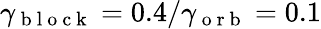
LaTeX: \gamma_{\mathrm{~b~l~o~c~k~}}=0.4/\gamma_{\mathrm{~o~r~b~}}=0.1